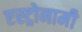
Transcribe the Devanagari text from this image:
एस्ट्रोनामी